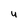
Character: u